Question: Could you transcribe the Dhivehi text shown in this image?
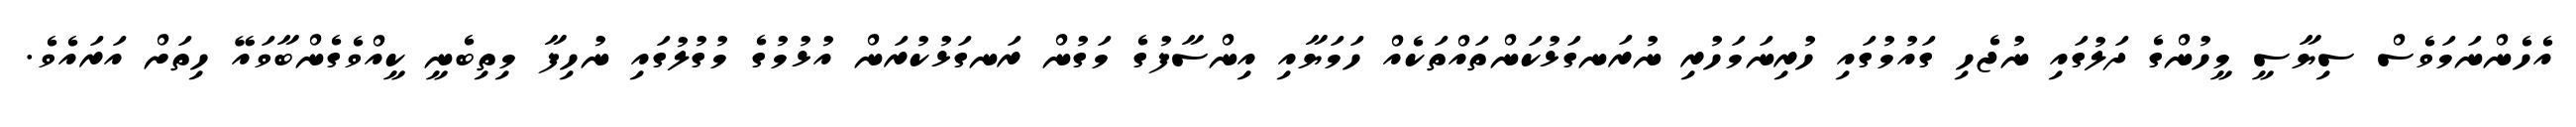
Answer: އެހެންނަމަވެސް ސިޔާސީ މީހުންގެ ދަލުގައި ނުޖެހި ގައުމުގައި ހުރިނަމަހުރި ނުރަނގަޅުކަންތައްތަކެއް ހަމަޔާއި އިންސާފުގެ މަގުން ރަނގަޅުކުރަން އުޅުމުގެ މުގުލުގައި ނުހިފާ މިތިބެނީ ކީއްވެގެންބާވައޭ ހިތަށް އަރައެވެ.